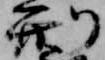
刑